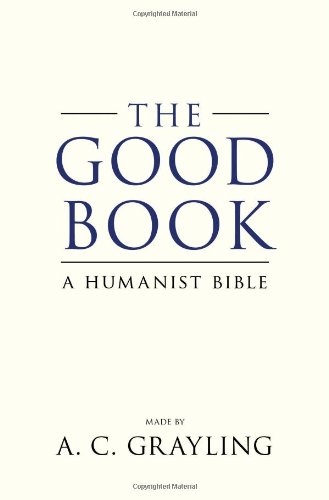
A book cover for The Good Book: A Humanist Bible; A. C. Grayling; Politics & Social Sciences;